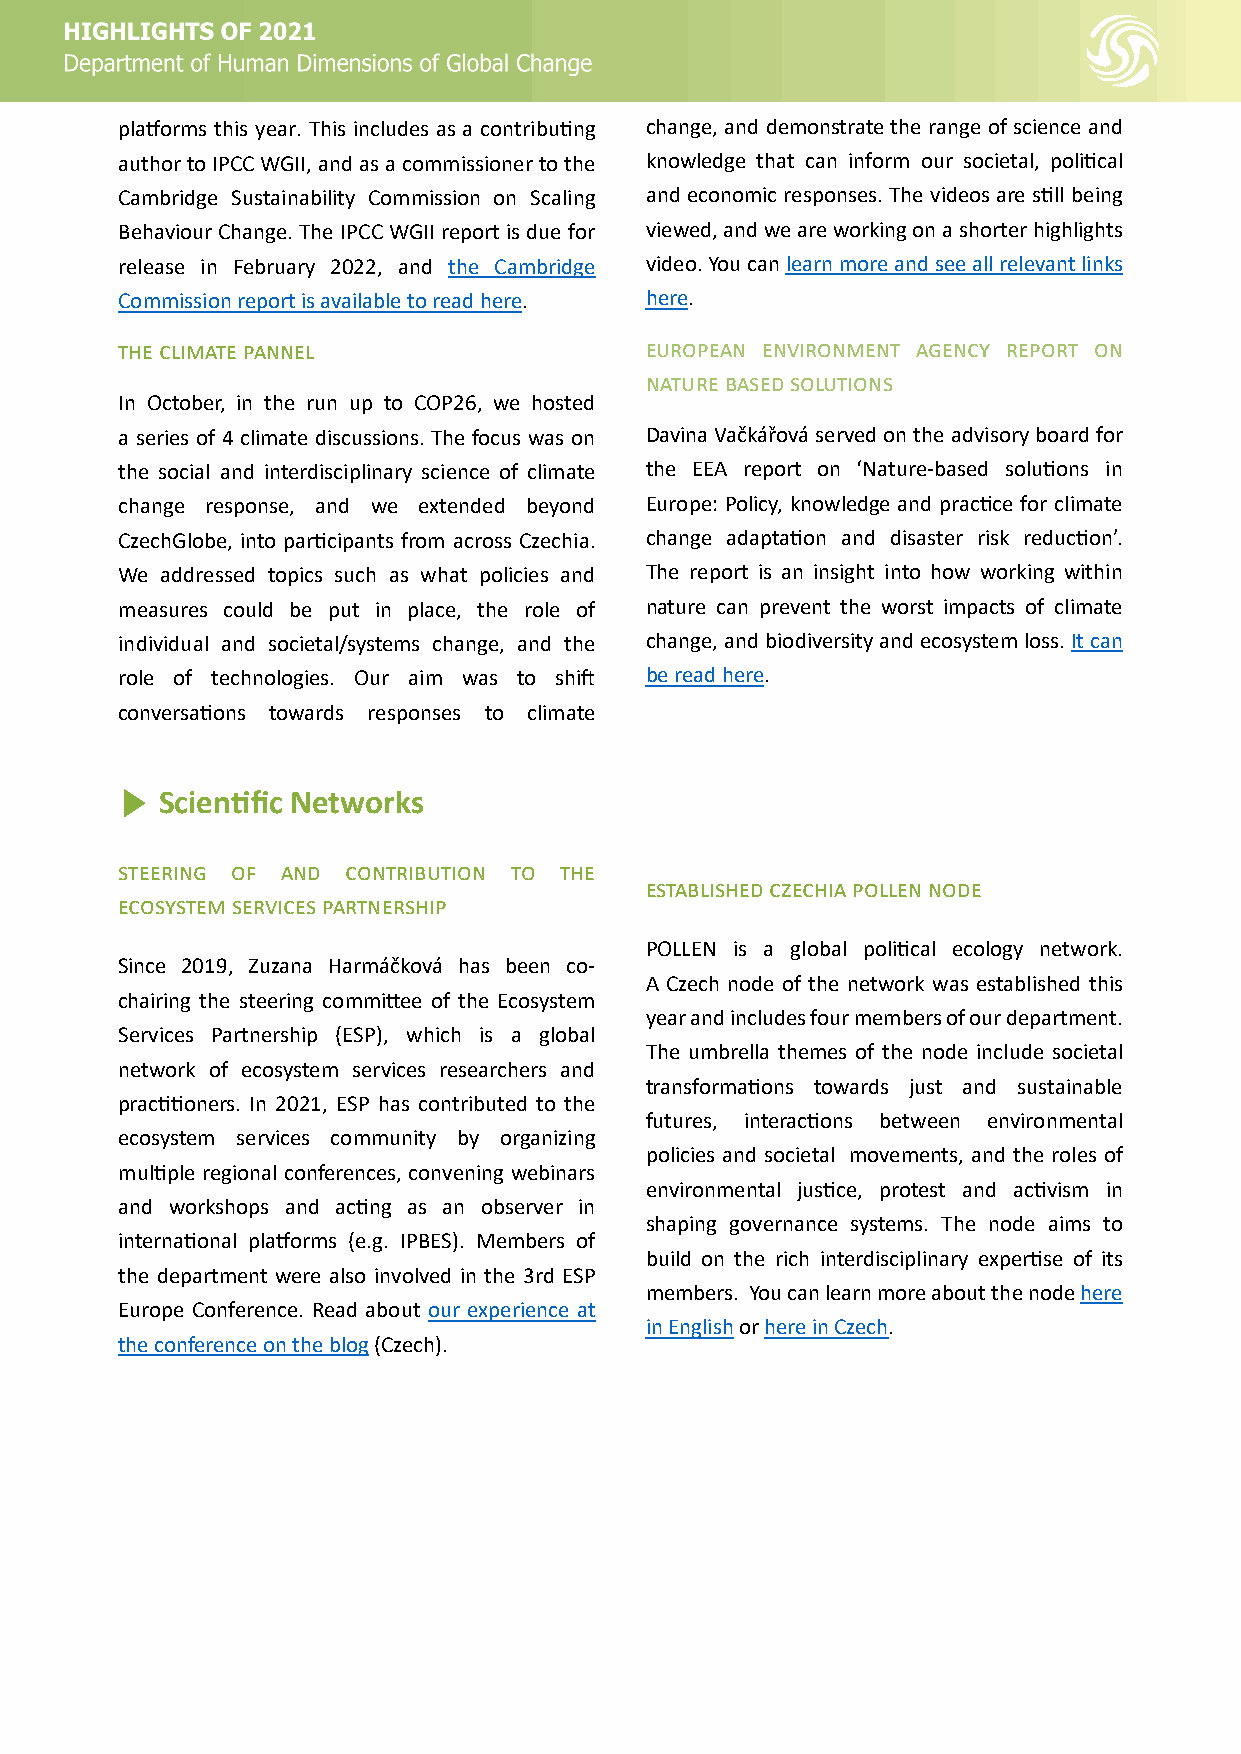
pla�orms this year. This includes as a contribu�ng change,and demonstratetherangeof scienceand
 authortoIPCCWGII,andasacommissionertothe knowledge that can inform our societal, poli�cal
 Cambridge Sustainability Commission on Scaling and economic responses. Thevideos ares�ll being
 BehaviourChange.TheIPCCWGIIreportisduefor viewed,andweareworkingonashorterhighlights
 release in February 2022, and the Cambridge video.Youcanlearnmoreandseeallrelevantlinks
 Commissionreportisavailabletoreadhere. here.
 ����������������                   �������� ����������� ������ ������ ��
 ��������������������
 In October, in the run up to COP26, we hosted
 a series of 4 climate discussions. The focus was on DavinaVačkářováservedontheadvisoryboardfor
 the social and interdisciplinary science of climate the EEA report on ‘Nature-based solu�ons in
 change response, and we extended beyond Europe: Policy, knowledge and prac�ce for climate
 CzechGlobe, into par�cipants from across Czechia. change adapta�on and disaster risk reduc�on’.
 We addressed topics such as what policies and The report is an insight into how working within
 measures could be put in place, the role of nature can prevent the worst impacts of climate
 individual and societal/systems change, and the change,andbiodiversityandecosystemloss.Itcan
 role of technologies. Our aim was to shi� bereadhere.
 conversa�ons towards responses to climate
 ▶  Scien�fic Networks
 �������� �� ��� ������������ �� ���
 ����������������������������
 ����������������������������
 POLLEN is a global poli�cal ecology network.
 Since 2019, Zuzana Harmáčková has been co-
 A Czech node of the network was established this
 chairing the steering commi�ee of the Ecosystem
 yearandincludesfourmembersofourdepartment.
 Services Partnership (ESP), which is a global
 The umbrella themes of the node include societal
 network of ecosystem services researchers and
 transforma�ons towards just and sustainable
 prac��oners. In 2021, ESP has contributed to the
 futures, interac�ons between environmental
 ecosystem services community by organizing
 policies and societal movements, and the roles of
 mul�ple regional conferences, convening webinars
 environmental jus�ce, protest and ac�vism in
 and workshops and ac�ng as an observer in
 shaping governance systems. The node aims to
 interna�onal pla�orms (e.g. IPBES). Members of
 build on the rich interdisciplinary exper�se of its
 the department were also involved in the 3rd ESP
 members. Youcanlearnmoreaboutthenodehere
 Europe Conference. Read about our experience at
 inEnglishorhereinCzech.
 theconferenceontheblog(Czech).